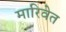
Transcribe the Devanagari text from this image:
मारिवेत